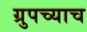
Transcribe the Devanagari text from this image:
ग्रुपच्याच